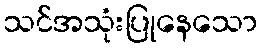
သင်အသုံးပြုနေသော